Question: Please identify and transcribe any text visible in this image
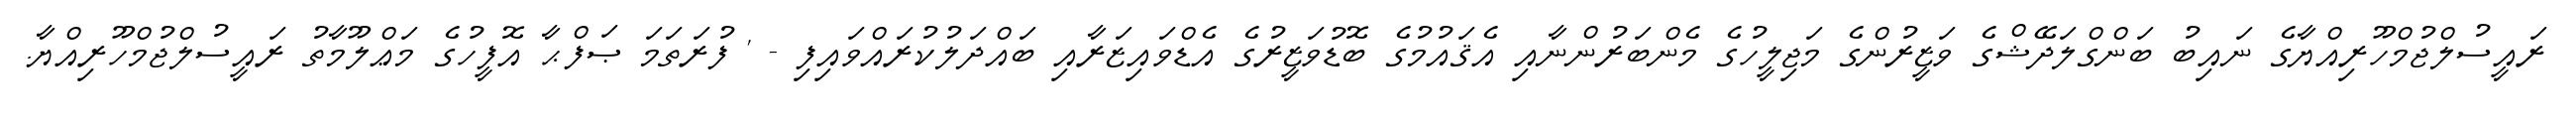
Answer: ރައީސުލްޖުމްހޫރިއްޔާގެ ނައިބު ބަންގްލަދޭޝްގެ ވަޒީރުންގެ މަޖިލީހުގެ މެންބަރުންނާއި އެޤައުމުގެ ބޮޑުވަޒީރުގެ އެޑްވައިޒަރާއި ބައްދަލުކުރައްވައިފި - ' ފުރަތަމަ ޞަފްޙާ އޮފީހުގެ މަޢްލޫމާތު ރައީސުލްޖުމްހޫރިއްޔާ.